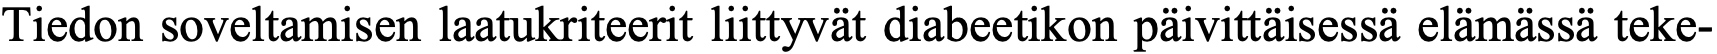
Tiedon soveltamisen laatukriteerit liittyvät diabeetikon päivittäisessä elämässä teke-